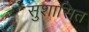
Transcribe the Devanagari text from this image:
सुशासित